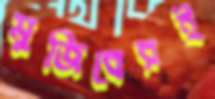
মুজিবেরই